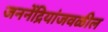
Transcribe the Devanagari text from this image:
जननेंद्रियांजवळील